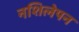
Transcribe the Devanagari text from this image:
नशिलेपन